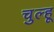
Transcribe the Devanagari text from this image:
चुल्हू